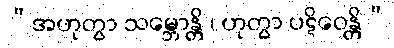
“အဟုတွာ သမ္ဘောန္တိ ၊ ဟုတွာ ပဋိဝေန္တိ”